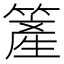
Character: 簅